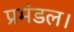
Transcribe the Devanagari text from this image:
प्रमंडल।